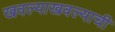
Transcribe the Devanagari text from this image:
खवल्याखवल्याची